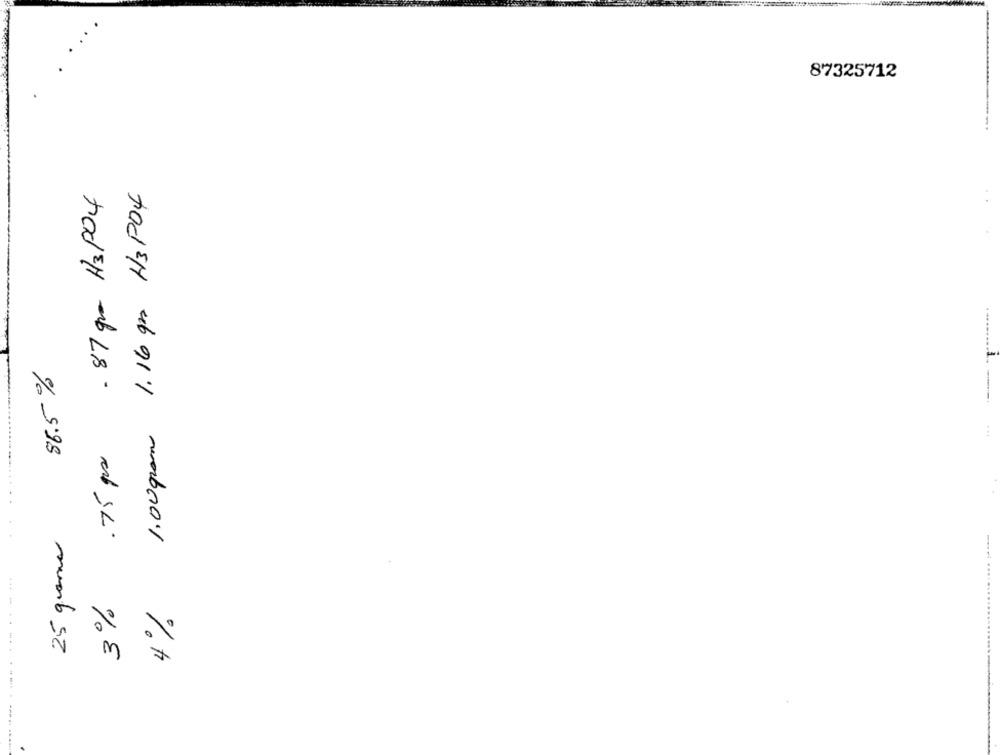
87325712
1.00 gram 1.16 grs H3PO4
- 87 gra H3PO4
86.5%
3% .75 px
...
25 queres
........
% +